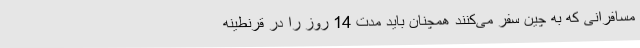
مسافرانی که به چین سفر می‌کنند همچنان باید مدت 14 روز را در قرنطینه